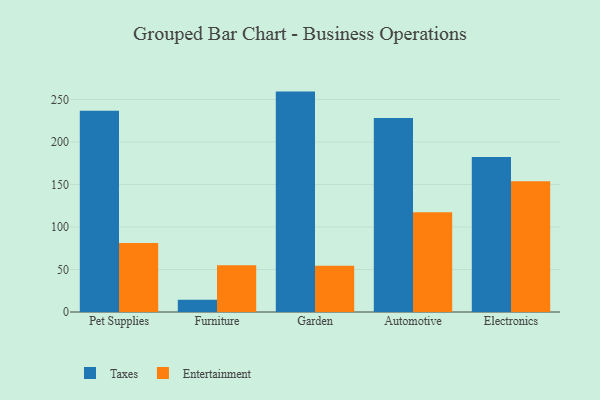
{"axis": {"x": "Category", "y": "Budget (USD K)"}, "legend": ["Entertainment", "Taxes"], "data": [{"x": "Pet Supplies", "y": 236.7, "type": "Taxes"}, {"x": "Pet Supplies", "y": 81.3, "type": "Entertainment"}, {"x": "Furniture", "y": 14.3, "type": "Taxes"}, {"x": "Furniture", "y": 55.0, "type": "Entertainment"}, {"x": "Garden", "y": 259.3, "type": "Taxes"}, {"x": "Garden", "y": 54.3, "type": "Entertainment"}, {"x": "Automotive", "y": 228.1, "type": "Taxes"}, {"x": "Automotive", "y": 117.3, "type": "Entertainment"}, {"x": "Electronics", "y": 182.3, "type": "Taxes"}, {"x": "Electronics", "y": 153.8, "type": "Entertainment"}]}